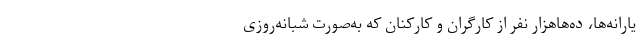
یارانه‌ها، ده‌هاهزار نفر از کارگران و کارکنان که به‌صورت شبانه‌روزی